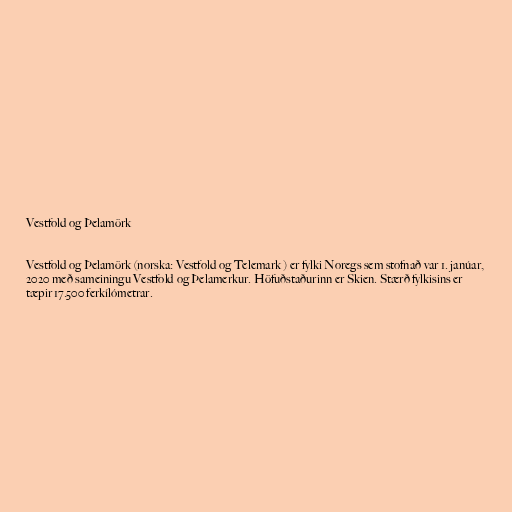
Vestfold og Þelamörk

Vestfold og Þelamörk (norska: Vestfold og Telemark ) er fylki Noregs sem stofnað var 1. janúar,
2020 með sameiningu Vestfold og Þelamerkur. Höfuðstaðurinn er Skien. Stærð fylkisins er
tæpir 17.500 ferkílómetrar.